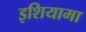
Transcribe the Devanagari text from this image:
इशियामा